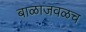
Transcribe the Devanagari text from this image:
बाळाजवळच